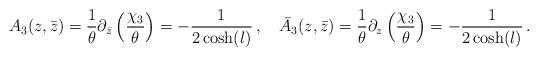
LaTeX: \begin{align*}A_3(z,\bar{z})=\frac{1}{\theta}\partial_{\bar{z}}\left(\frac{\chi_3}{\theta}\right)=-\frac{1}{2\cosh(l)}\,,\quad\bar{A}_3(z,\bar{z})=\frac{1}{\theta}\partial_{z}\left(\frac{\chi_3}{\theta}\right)=-\frac{1}{2\cosh(l)}\,.\end{align*}